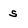
Character: s